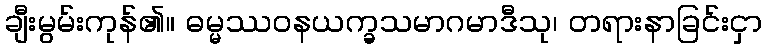
ချီးမွမ်းကုန်၏။ ဓမ္မဿဝနယက္ခသမာဂမာဒီသု၊ တရားနာခြင်းငှာ